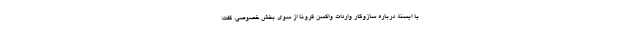
با ایسنا، درباره سازوکار واردات واکسن کرونا از سوی بخش خصوصی، گفت: